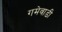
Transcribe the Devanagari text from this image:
गमेवाडी